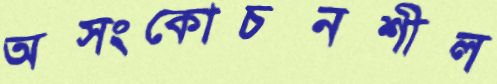
অসংকোচনশীল